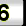
Digit: 6